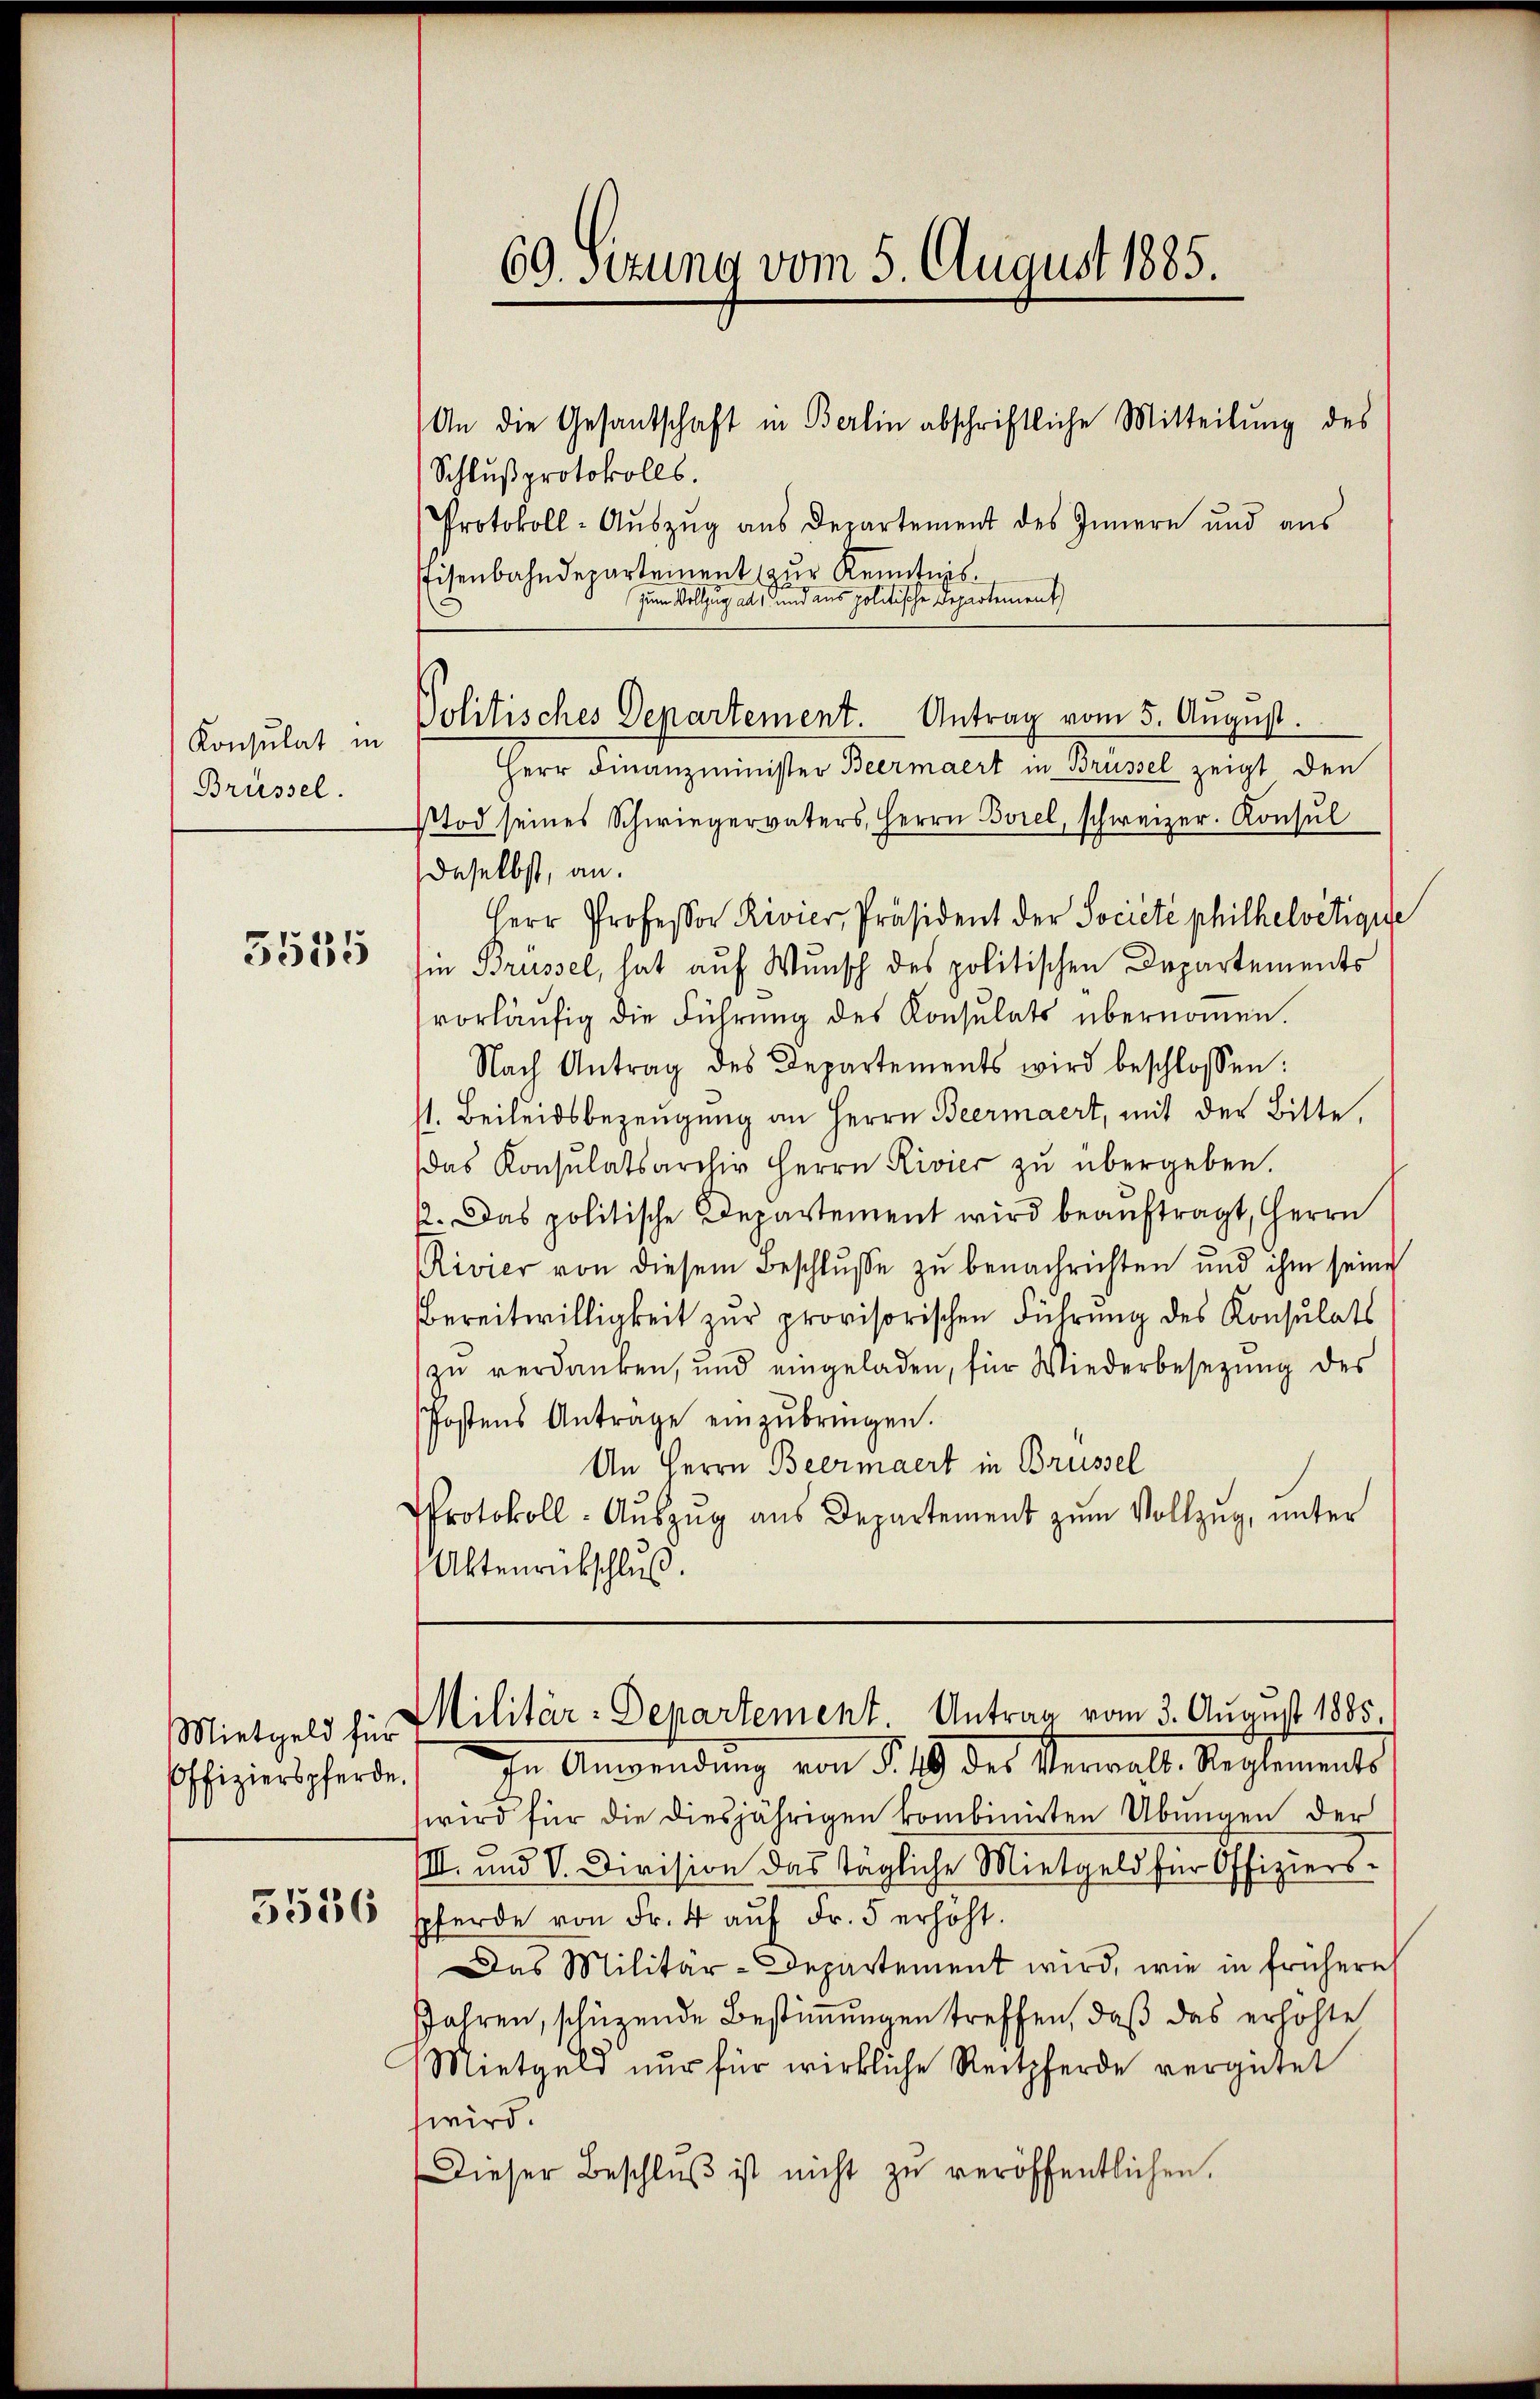
Konsulat in
Brüssel.

5535

Offizierspferde.

3536

69. Sezung vom 5. August 1885.

Schlußprotokolls.
Protokoll-Aŭszŭg aŭs Departement des Innern und aŭs
Eisenbahndepartement zŭr Kenntnis-
zum Vollzug als und aus politische Departement
Politisches Departement. Antrag vom 5. August.
Herr Finanzminister Beermaert in Brüssel zeigt den
tod seines Schwiegervaters, Herrn Borel, schweizer. Konsul
daselbst, an.
Herr Professor Rivier, Präsident der Societe philhelvetigie
si Brüssel, hat auf Wunsch des politischen Departements
vorläufig die Führung des Konsulats übernommen.
Nach Antrag des Departements wird beschlossen:
s. Beileidsbezeugung an Herrn Beermaert, mit der Bitte,
das Konsulatsarchiv Herrn Rivier zŭ übergeben.
2. Das politische Departement wird beaŭftragt, Herrn
Rivier von diesem Beschlŭsse zu benachrichten und ihm seine
Bereitwilligkeit zŭr provisorischen Führŭng des Konsulats
zŭ verdanken, und eingeladen, für Wiederbesetzŭng des
Postens Antrage einzŭbringen.
An Herrn Beermaert in Brüssel
Protokoll-Aŭszŭg aŭs Departement zŭm Vollzug, unter
Aktenrübschluß.
Mietgeld für Militär-Departement Antrag vom 3. August 1885.
In Anwendung von § 49 des Verwalt Reglements
wird für die diesjährigen kombinirten Übungen der
III. und V. Division das tägliche Mietgeld für Offiziers-
pferde von Fr. 4 aŭf Fr. 5 erhöht.
Das Militär-Departement wird, wie in frühere
Jahren, schüzende Bestimmungen treffen, daß das erhöhte
Mietgeld nur für wirkliche Reitpferde vergütet
wird.
Dieser Beschlŭβ ist nicht zŭ veröffentlichen.

An die Gesandschaft in Berlin abschriftliche Mitteilŭng des